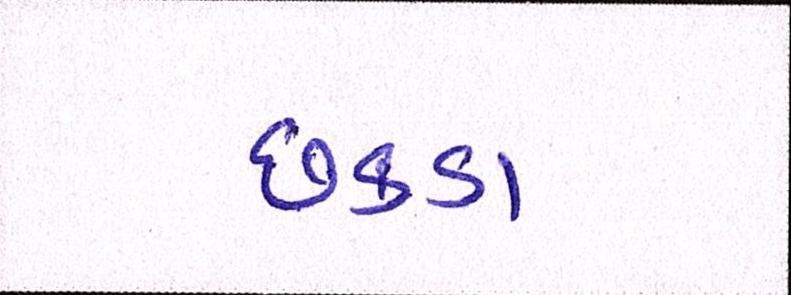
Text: છકડા